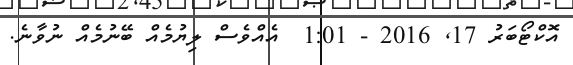
އޮކްޓޯބަރު 17